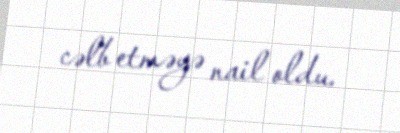
cəlb etməyə nail oldu.